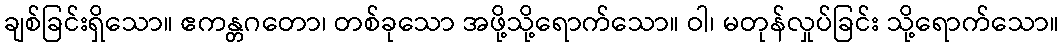
ချစ်ခြင်းရှိသော။ ဧကန္တဂတော၊ တစ်ခုသော အဖို့သို့ရောက်သော။ ဝါ၊ မတုန်လှုပ်ခြင်း သို့ရောက်သော။